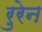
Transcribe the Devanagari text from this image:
रुरेन